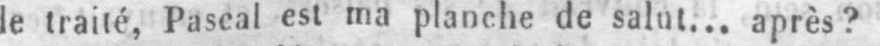
le traité, Pascal est ma planche de salut... après?